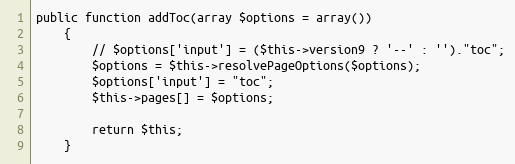
Language: PHP
public function addToc(array $options = array())
    {
        // $options['input'] = ($this->version9 ? '--' : '')."toc";
        $options = $this->resolvePageOptions($options);
        $options['input'] = "toc";
        $this->pages[] = $options;

        return $this;
    }